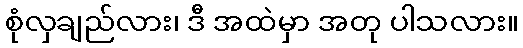
စုံလှချည်လား၊ ဒီ အထဲမှာ အတု ပါသလား။